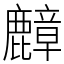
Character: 𪋟